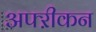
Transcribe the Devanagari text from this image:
अफ्ऱीकन